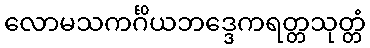
လောမသကင်္ဂိယဘဒ္ဒေကရတ္တသုတ္တံ